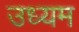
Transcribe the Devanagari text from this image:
उध्यम